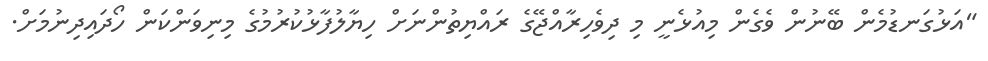
"އަޅުގަނޑުމެން ބޭނުން ވެގެން މިއުޅެނީ މި ދިވެހިރާއްޖޭގެ ރައްޔިތުންނަށް ހިޔާލުފާޅުކުރުމުގެ މިނިވަންކަން ހޯދައިދިނުމަށް.